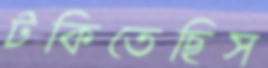
টকিতেছিস